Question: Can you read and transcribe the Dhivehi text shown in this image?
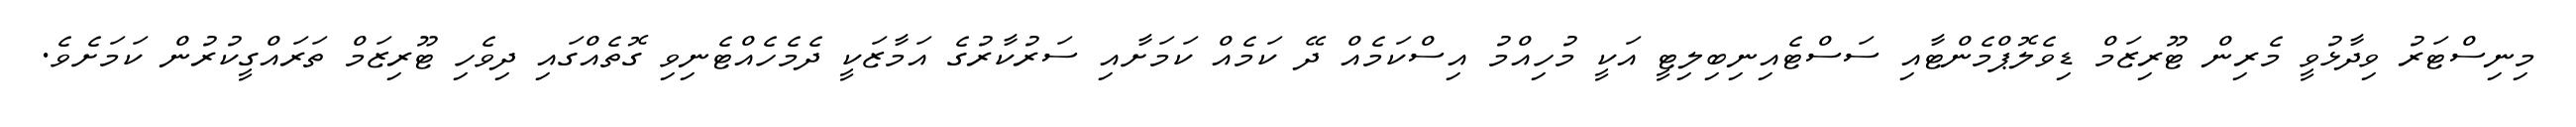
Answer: މިނިސްޓަރު ވިދާޅުވީ މެރިން ޓޫރިޒަމް ޑިވެލޮޕްމެންޓާއި ސަސްޓެއިނިބިލިޓީ އަކީ މުހިއްމު އިސްކަމެއް ދޭ ކަމެއް ކަމަށާއި ސަރުކާރުގެ އަމާޒަކީ ދެމެހެއްޓެނިވި ގޮތެއްގައި ދިވެހި ޓޫރިޒަމް ތަރައްގީކުރުން ކަމަށެވެ.